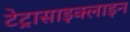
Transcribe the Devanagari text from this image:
टेट्रासाइक्लाइन